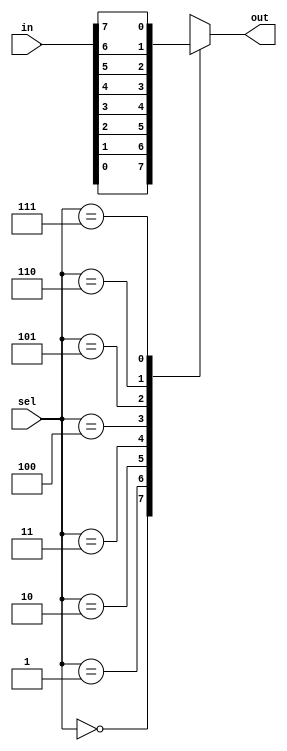
module mux8_1 (input [7:0] in, input [2:0] sel, output reg out);

  always @*
  case (sel)
    3'b000: out = in[0];
    3'b001: out = in[1];
    3'b010: out = in[2];
    3'b011: out = in[3];
    3'b100: out = in[4];
    3'b101: out = in[5];
    3'b110: out = in[6];
    3'b111: out = in[7];
  endcase
  
endmodule


module test_mux8_1;

reg [7:0] _in;
reg [2:0] _sel;
wire _out;

mux8_1 full(.in(_in),.sel(_sel),.out(_out));

initial begin
  // test case 1
  _in = 8'b10000000;
  _sel = 3'b000;
  #10
  if (_out != 1'b1) $display("Test case 1 failed. Expected output 1, but got %d", _out);
  
  // test case 2
  _in = 8'b01000000;
  _sel = 3'b001;
  #10
  if (_out != 1'b0) $display("Test case 2 failed. Expected output 0, but got %d", _out);
  
  // test case 3
  _in = 8'b00100000;
  _sel = 3'b010;
  #10
  if (_out != 1'b0) $display("Test case 3 failed. Expected output 0, but got %d", _out);
  
  // test case 4
  _in = 8'b00010000;
  _sel = 3'b011;
  #10
  if (_out != 1'b0) $display("Test case 4 failed. Expected output 0, but got %d", _out);
  
  // test case 5
  _in = 8'b00001000;
  _sel = 3'b100;
  #10
  if (_out != 1'b0) $display("Test case 5 failed. Expected output 0, but got %d", _out);
  
  // test case 6
  _in = 8'b00000100;
  _sel = 3'b101;
  #10
  if (_out != 1'b0) $display("Test case 6 failed. Expected output 0, but got %d", _out);
  
  // test case 7
  _in = 8'b00000010;
  _sel = 3'b110;
  #10
  if (_out != 1'b0) $display("Test case 7 failed. Expected output 0, but got %d", _out);
  
  // test case 8
  _in = 8'b00000001;
  _sel = 3'b111;
  #10
  if (_out != 1'b0) $display("Test case 8 failed. Expected output 0, but got %d", _out);
  
end

endmodule